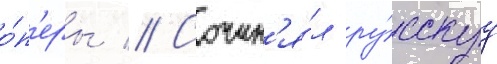
о́п'еры // Сочин'я́л ру́сскуу